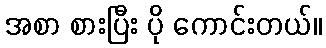
အစာ စားပြီး ပို ကောင်းတယ်။